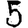
Digit: 5